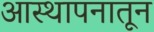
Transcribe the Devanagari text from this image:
आस्थापनातून